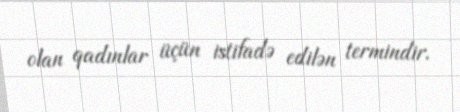
olan qadınlar üçün istifadə edilən termindir.